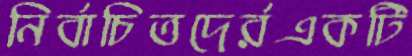
নির্বাচিতদের্রএকটি